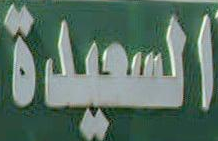
السعيدة